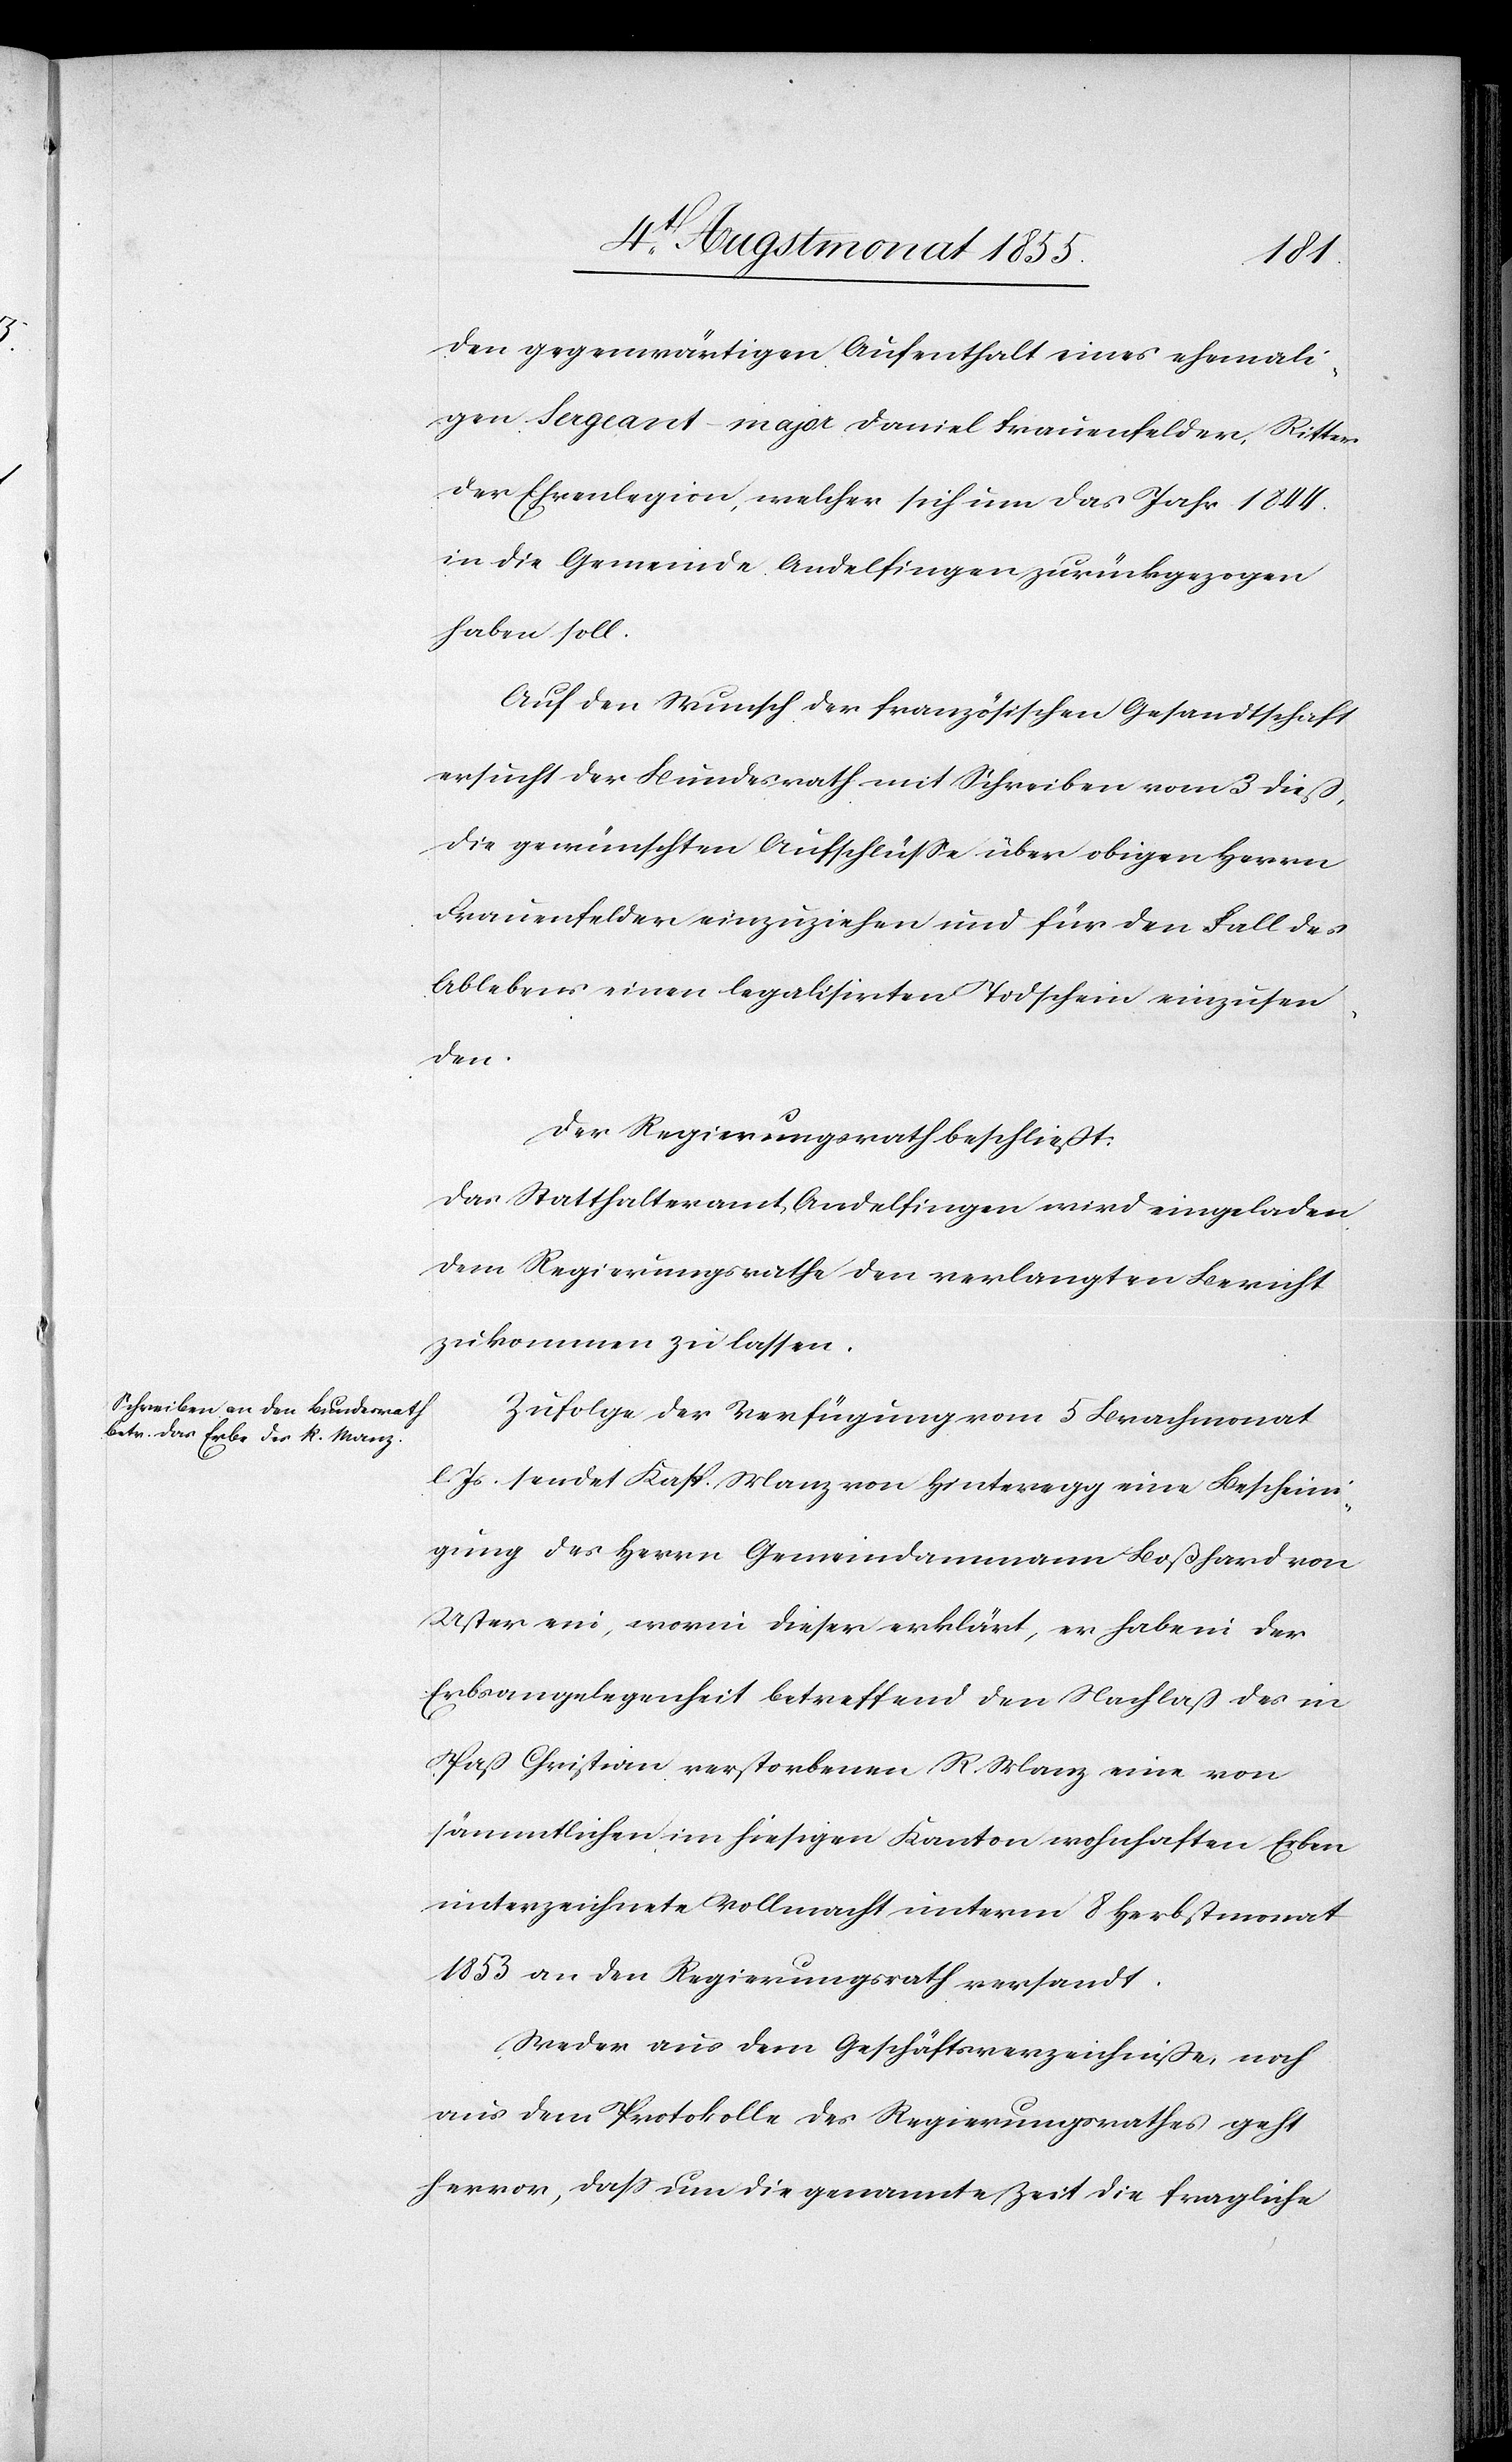
den gegenwärtigen Aufenthalt eines ehemali¬
gen Sergeant-major Daniel Frauenfelder, Ritter
der Ehrenlegion, welcher sich um das Jahr 1844.
in die Gemeinde Andelfingen zurückgezogen
haben soll.
Auf den Wunsch der französischen Gesandtschaft
ersucht der Bundesrath mit Schreiben vom 3 dieß,
die gewünschten Aufschlüsse über obigen Herrn
Frauenfelder einzuziehen und für den Fall des
Ablebens einen legalisirten Todschein einzusen¬
den.
Der Regierungsrath beschließt:
Das Statthalteramt Andelfingen wird eingeladen
dem Regierungsrathe den verlangten Bericht
zukommen zu lassen.
Zufolge der Verfügung vom 5 Brachmonat
l. Js. sendet Kasp. Manz von Hinteregg eine Beschein¬
igung des Herrn Gemeindammann Boßhard von
Uster ein, worin dieser erklärt, er habe in der
Erbsangelegenheit betreffend den Nachlaß des in
Paß Christian verstorbenen R. Manz eine von
sämmtlichen im hiesigen Kanton wohnhaften Erben
unterzeichnete Vollmacht unterm 8 Herbstmonat
1853 an den Regierungsrath versandt.
Weder aus dem Geschäftsverzeichniße, noch
aus dem Protokolle des Regierungsrathes geht
hervor, dass um die genannte Zeit die fragliche